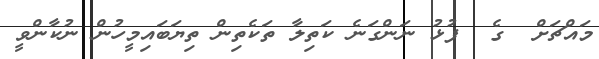
މައްޗަށް  ގެ  ފުޅު ނަންގަނެ ކަތިލާ ތަކެތިން ތިޔަބައިމީހުން ނުކާންވީ